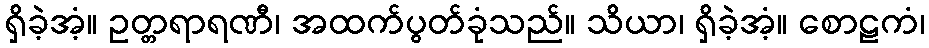
ရှိခဲ့အံ့။ ဥတ္တရာရဏီ၊ အထက်ပွတ်ခုံသည်။ သိယာ၊ ရှိခဲ့အံ့။ စောဠကံ၊